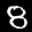
Label: 8